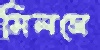
মিলসে